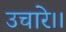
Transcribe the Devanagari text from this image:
उचारे।।